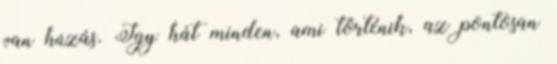
van húzás. Így hát minden, ami történik, az pontosan